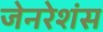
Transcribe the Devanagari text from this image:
जेनरेशंस